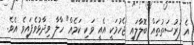
އެ ފުރުސަތުތައް ބޮލާލައި ޖެހުމަކީ އެއީ ވަކި ކަމެއް" ހާލާ ވިދާޅުވެފައިވެ އެވެ.